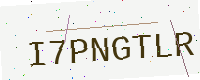
Text: I7PNGTLR